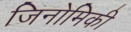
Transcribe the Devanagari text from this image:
जिनोमिकी